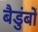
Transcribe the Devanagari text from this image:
बैडुंबों